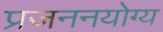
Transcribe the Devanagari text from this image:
प्रजननयोग्य